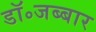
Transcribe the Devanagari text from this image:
डॉ॰जब्बार